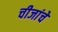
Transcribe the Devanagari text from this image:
चीजांचे